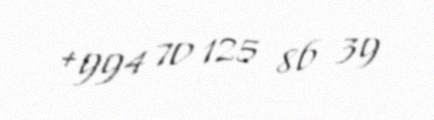
+994 70 125 86 39